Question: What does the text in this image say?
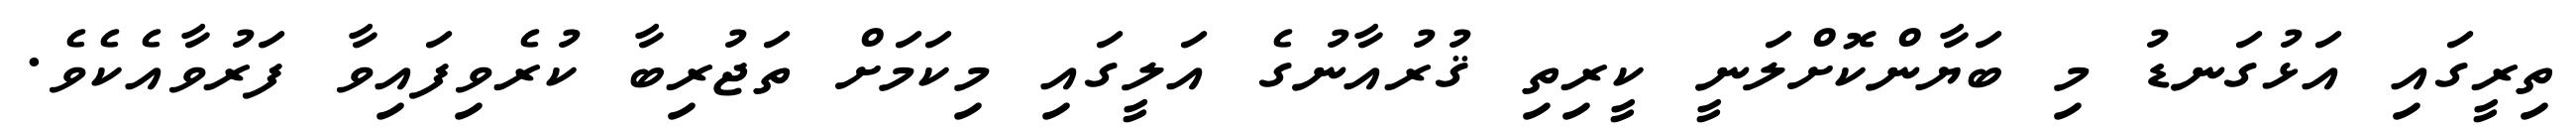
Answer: ތިރީގައި އަޅުގަނޑު މި ބަޔާންކޮށްލަނީ ކީރިތި ޤުރުއާނުގެ އަލީގައި މިކަމަށް ތަޖުރިބާ ކުރެވިފައިވާ ފަރުވާއެކެވެ.